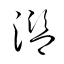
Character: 濫